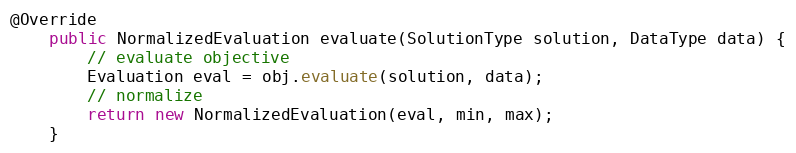
Language: Java
@Override
    public NormalizedEvaluation evaluate(SolutionType solution, DataType data) {
        // evaluate objective
        Evaluation eval = obj.evaluate(solution, data);
        // normalize
        return new NormalizedEvaluation(eval, min, max);
    }